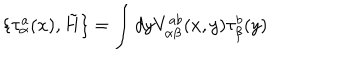
\{ \tau _ { \alpha } ^ { a } ( x ) , \tilde { H } \} = \int d y V _ { \alpha \beta } ^ { a b } ( x , y ) \tau _ { \beta } ^ { b } ( y )